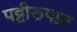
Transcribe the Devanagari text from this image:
पट्टीरूपात